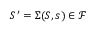
S ^ { \prime } = \Sigma ( S , s ) \in \mathcal { F }